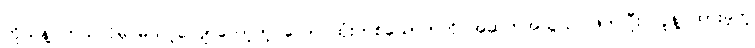
ကိုယ်နဲ့ ဘယ်လိုမှ မသင့်လျော်တော့တဲ့ လောင်ထုံးတစ်ယောက်ကို အဆက်အသွယ် ဖြတ်ပြီး သူနဲ့ ထားခဲ့တဲ့